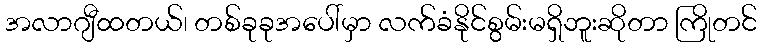
အလာဂျီထတယ်၊ တစ်ခုခုအပေါ်မှာ လက်ခံနိုင်စွမ်းမရှိဘူးဆိုတာ ကြိုတင်